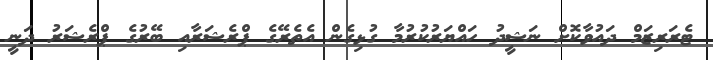
ޓެރަރިޒަމް ދައުވާކޮށް ނަޝީދު ހައްޔަރުކުރުމާ ގުޅިގެން އެތެރޭގެ ޕްރެޝަރާއި ބޭރުގެ ޕްރެޝަރު ދަނީ